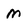
Character: M